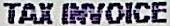
TAX INVOICE